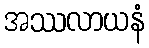
အဿလာယနံ